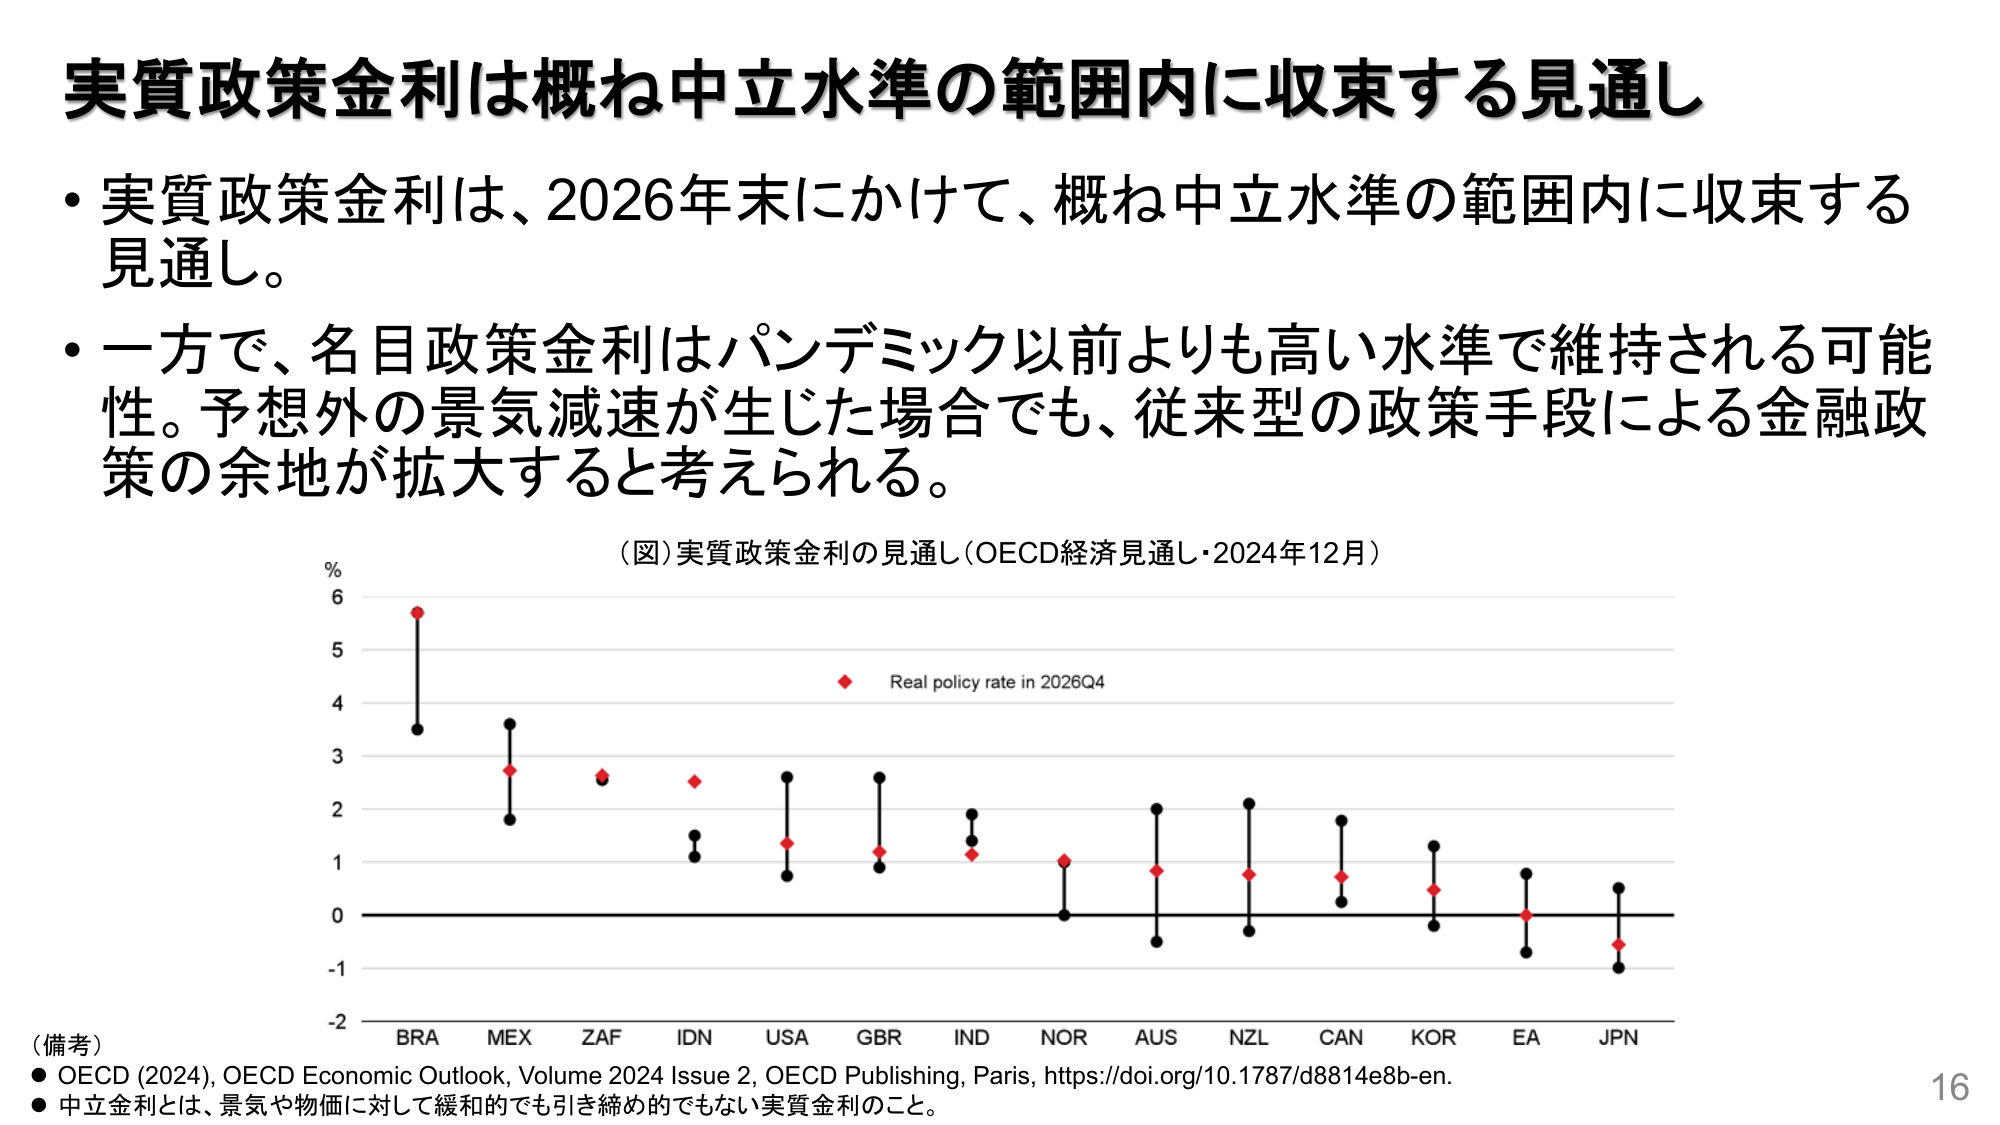
実質政策金利は概ね中立水準の範囲内に収束する見通し

・実質政策金利は、2026年末にかけて、概ね中立水準の範囲内に収束する見通し。

・一方で、名目政策金利はパンデミック以前よりも高い水準で維持される可能性。予想外の景気減速が生じた場合でも、従来型の政策手段による金融政策の余地が拡大すると考えられる。

（図）実質政策金利の見通し（OECD経済見通し・2024年12月）

%
6
5
4
3
2
1
0
-1
-2

Real policy rate in 2026Q4

BRA MEX ZAF IDN USA GBR IND NOR AUS NZL CAN KOR EA JPN

（備考）
● OECD (2024), OECD Economic Outlook, Volume 2024 Issue 2, OECD Publishing, Paris, https://doi.org/10.1787/d8814e8b-en.
● 中立金利とは、景気や物価に対して緩和的でも引き締め的でもない実質金利のこと。

16